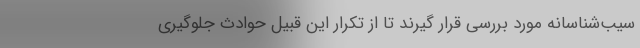
سیب‌شناسانه مورد بررسی قرار گیرند تا از تکرار این قبیل حوادث جلوگیری